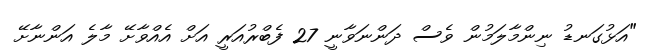
"އަޅުގަނޑު ނިންމާލަމުން ވެސް ދަންނަވާނީ 27 ފެބްރުއަރީ އަށް އެއްވާށޭ މާލެ އަންނާށޭ